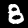
Label: 8